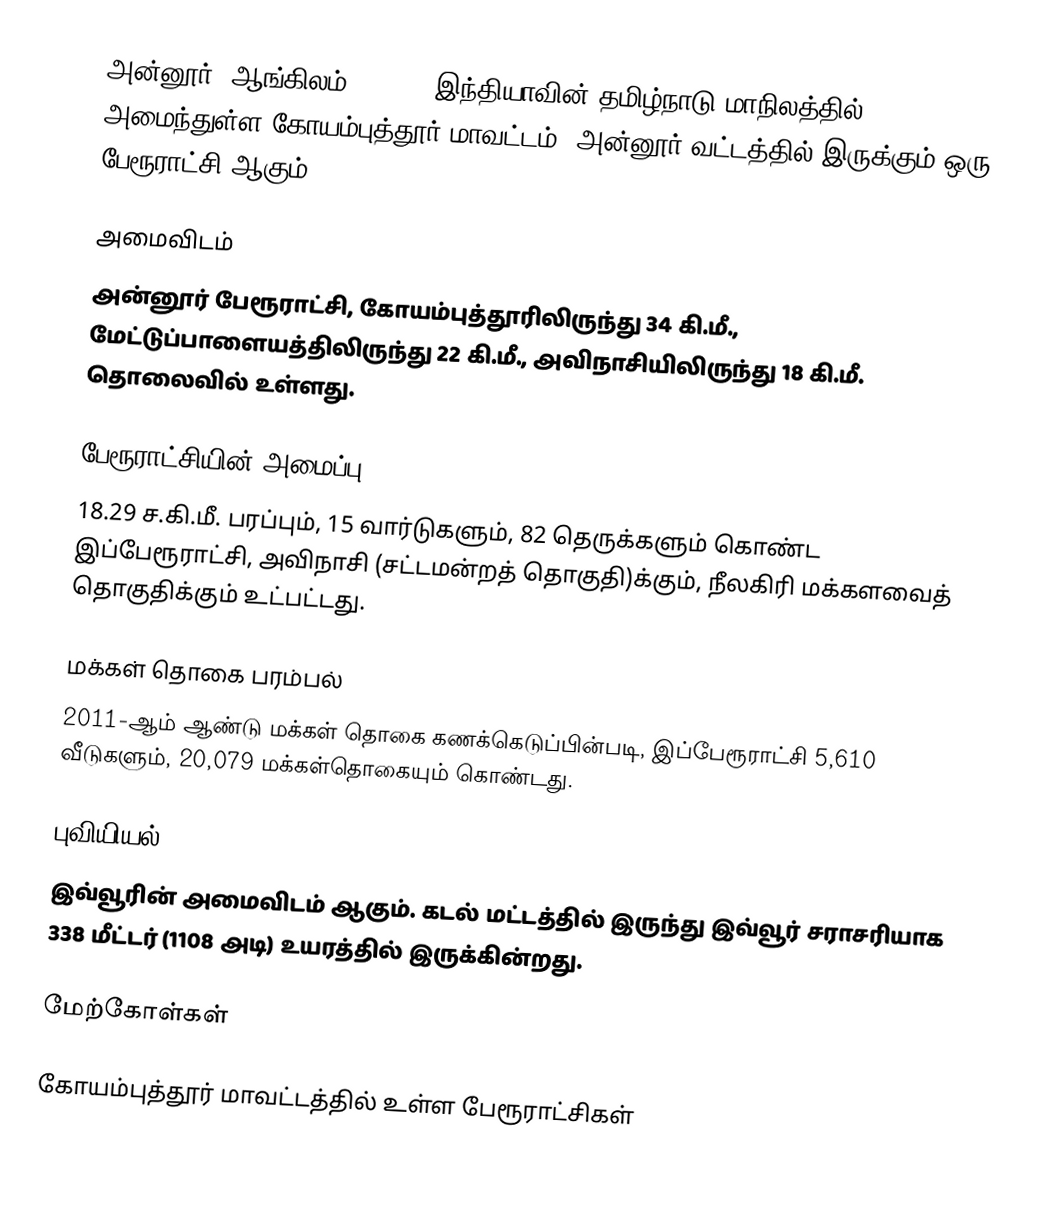
அன்னூர் (ஆங்கிலம்:Annur), இந்தியாவின் தமிழ்நாடு மாநிலத்தில் அமைந்துள்ள கோயம்புத்தூர் மாவட்டம், அன்னூர் வட்டத்தில் இருக்கும் ஒரு பேரூராட்சி ஆகும்.

அமைவிடம்
அன்னூர் பேரூராட்சி, கோயம்புத்தூரிலிருந்து 34 கி.மீ., மேட்டுப்பாளையத்திலிருந்து 22 கி.மீ., அவிநாசியிலிருந்து 18 கி.மீ. தொலைவில் உள்ளது.

பேரூராட்சியின் அமைப்பு
18.29 ச.கி.மீ. பரப்பும், 15 வார்டுகளும், 82 தெருக்களும் கொண்ட இப்பேரூராட்சி, அவிநாசி (சட்டமன்றத் தொகுதி)க்கும், நீலகிரி மக்களவைத் தொகுதிக்கும் உட்பட்டது.

மக்கள் தொகை பரம்பல்
2011-ஆம் ஆண்டு மக்கள் தொகை கணக்கெடுப்பின்படி, இப்பேரூராட்சி 5,610 வீடுகளும்,  20,079 மக்கள்தொகையும் கொண்டது.

புவியியல்
இவ்வூரின் அமைவிடம்  ஆகும். கடல் மட்டத்தில் இருந்து இவ்வூர் சராசரியாக 338 மீட்டர் (1108 அடி) உயரத்தில் இருக்கின்றது.

மேற்கோள்கள்

கோயம்புத்தூர் மாவட்டத்தில் உள்ள பேரூராட்சிகள்